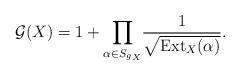
LaTeX: \begin{align*}\mathcal{G}(X) = 1 + \underset{\alpha \in {S_g}_{X}}{\prod} \frac{1}{\sqrt{\mathrm{Ext}_X(\alpha)}}.\end{align*}